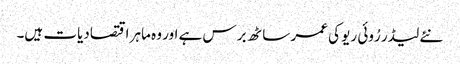
نئے لیڈر رُوئی ریو کی عمر ساٹھ برس ہے اور وہ ماہر اقتصادیات ہیں۔